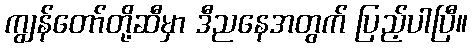
ကျွန်တော်တို့ဆီမှာ ဒီညနေအတွက် ပြည့်ပါပြီ။